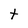
Character: t